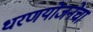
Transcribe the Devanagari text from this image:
धरणयोजनेचा